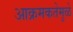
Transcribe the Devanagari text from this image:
आक्रमकतेमुळे